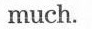
much.